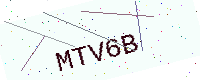
Text: MTV6B